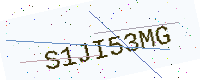
Text: S1JI53MG